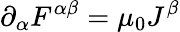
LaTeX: \partial_{\alpha}F^{\alpha\beta}=\mu_{0}J^{\beta}